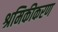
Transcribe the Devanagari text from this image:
श्रमिकीकरण